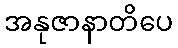
အနုဇာနာတိပေ